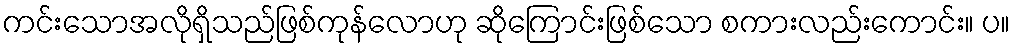
ကင်းသောအလိုရှိသည်ဖြစ်ကုန်လောဟု ဆိုကြောင်းဖြစ်သော စကားလည်းကောင်း။ ပ။